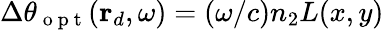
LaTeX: \Delta\theta_{\mathrm{~o~p~t~}}(\mathbf{r}_{d},\omega)=(\omega/c)n_{2}L(x,y)